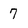
Character: 7